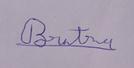
Signature authenticity: genuine